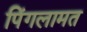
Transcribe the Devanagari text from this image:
पिंगलामत